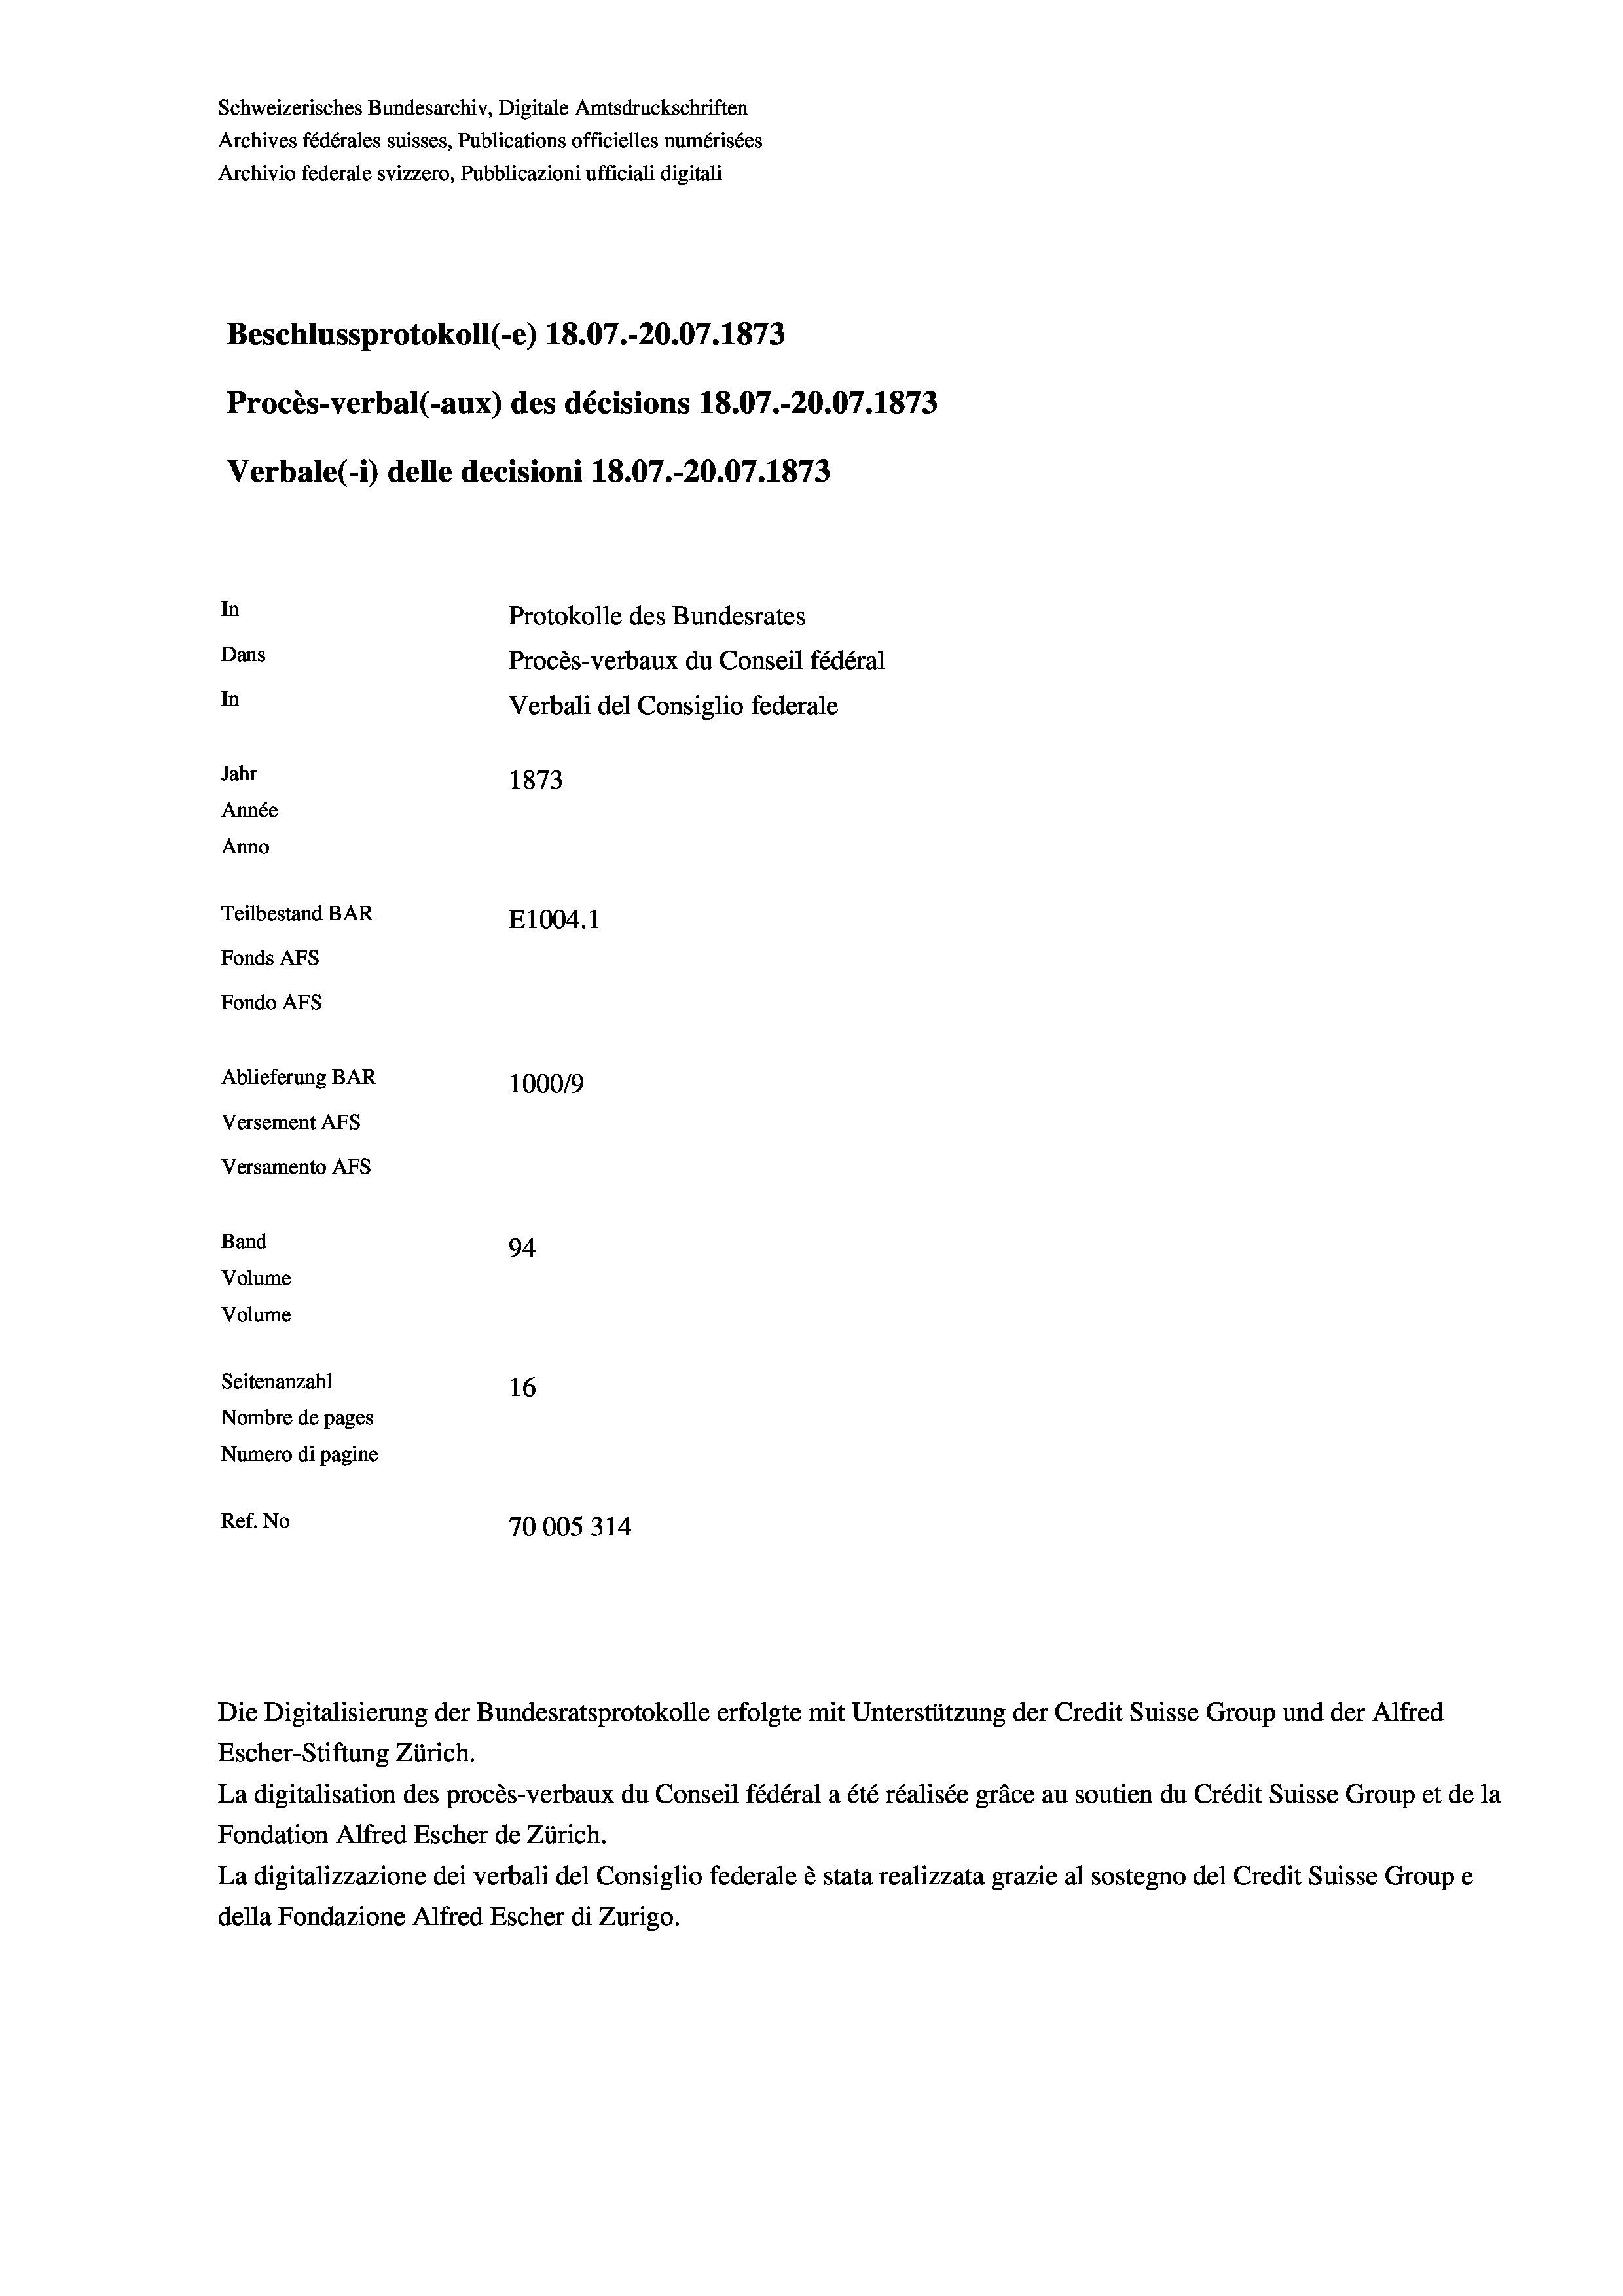
Schweizerisches Bundesarchiv, Digitale Amtsdruckschriften
Archives fédérales suisses, Publications officielles numérisées
Archivio federale svizzero, Pubblicazioni ufficiali digitali
Beschlussprotokoll (-e) 18.07.-20.07. 1873
Procès-verbal (-aux) des décisions 18.07.-20.07. 1873
Verbale(- 1) delle decisioni 18.07.-20.07. 1873
In
Protokolle des Bundesrates
Dans
Procès-verbaux du Conseil fédéral
In
Verbali del Consiglio federale
Jahr
1873
Année
Anno
Teilbestand BAR
E1004. 1
Fonds Afs
Fondo AFS
Ablieferung BAR
100019
Versement AFs
Versamento AFs
Band
94.
Volume
Volume
Seitenanzahl
16
Nombre de pages
Numero di pagine
Ref. No
70005314

Escher-Stiftung Zürich.
La digitalisation des procès-verbaux du Conseil fédéral a été réalisée gräce au soutien du Crédit Suisse Group et de la
Fondation Alfred Escher de Zürich.
La digitalizzazione dei verbali del Consiglio federale è stata realizzata grazie al sostegno del Credit Suisse Groupe
della Fondazione Alfred Escher di Zurigo.

Die Digitalisierung der Bundesratsprotokolle erfolgte mit Unterstützung der Credit Suisse Group und der Alfred